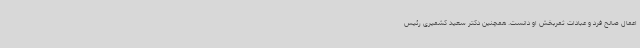
اعمال صالح فرد و عبادات ثمربخش او دانست. همچنین دکتر سعید کشمیری رئیس